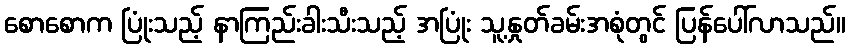
စောစောက ပြုံးသည့် နာကြည်းခါးသီးသည့် အပြုံး သူ့နှုတ်ခမ်းအစုံတွင် ပြန်ပေါ်လာသည်။